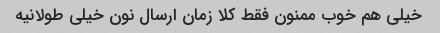
خیلی هم خوب ممنون فقط کلا زمان ارسال نون خیلی طولانیه